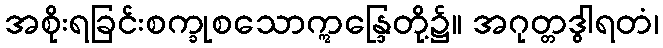
အစိုးရခြင်းစက္ခုစသောဣန္ဒြေတို့၌။ အဂုတ္တဒွါရတံ၊